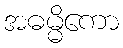
အဓမ္မိကော